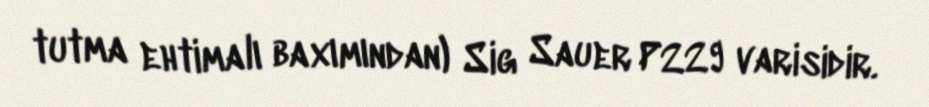
tutma ehtimalı baxımından) Sig Sauer P229 varisidir.